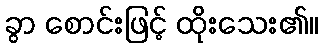
ခွာ စောင်းဖြင့် ထိုးသေး၏။